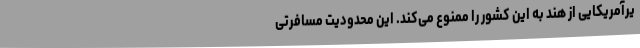
یرآمریکایی از هند به این کشور را ممنوع می‌کند. این محدودیت‌ مسافرتی